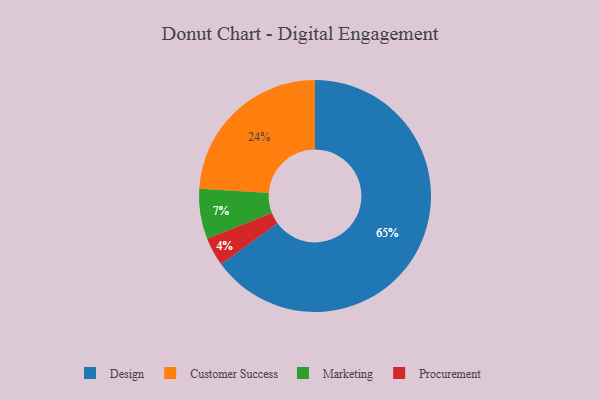
{"axis": {"x": "Category", "y": "Percentage"}, "legend": ["Customer Success", "Design", "Marketing", "Procurement"], "data": [{"x": "Marketing", "y": 7, "type": "Marketing"}, {"x": "Design", "y": 65, "type": "Design"}, {"x": "Customer Success", "y": 24, "type": "Customer Success"}, {"x": "Procurement", "y": 4, "type": "Procurement"}]}